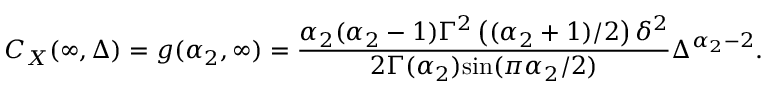
C _ { X } ( \infty , \Delta ) = g ( \alpha _ { 2 } , \infty ) = \frac { \alpha _ { 2 } ( \alpha _ { 2 } - 1 ) \Gamma ^ { 2 } \left( ( \alpha _ { 2 } + 1 ) / 2 \right) \delta ^ { 2 } } { 2 \Gamma ( \alpha _ { 2 } ) \mathrm { s i n } ( \pi \alpha _ { 2 } / 2 ) } \Delta ^ { \alpha _ { 2 } - 2 } .